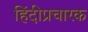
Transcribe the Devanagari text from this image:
हिंदीप्रचारक